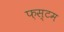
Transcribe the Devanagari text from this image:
फ़स्टम